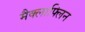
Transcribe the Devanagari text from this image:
मैक्लाफ्लिन